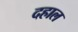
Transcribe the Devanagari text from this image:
दहाल